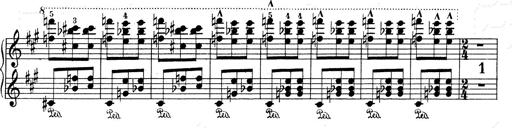
Title: Mephisto Waltz No.1
Composer: Franz Liszt